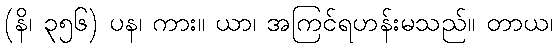
(နိ၊ ၃၅၆) ပန၊ ကား။ ယာ၊ အကြင်ရဟန်းမသည်။ တာယ၊